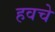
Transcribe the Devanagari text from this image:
हवचे